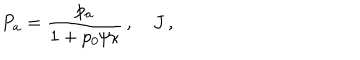
LaTeX: P _ { a } = \frac { p _ { a } } { 1 + p _ { 0 } / \kappa } \, , \quad J \, ,